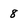
Character: 8